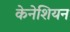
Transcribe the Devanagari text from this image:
केनेशियन